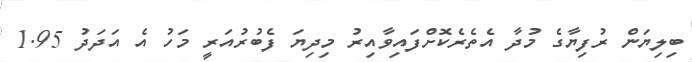
ބިލިޔަން ރުފިޔާގެ މުދާ އެތެރެކޮށްފައިވާއިރު މިދިޔަ ފެބުރުއަރީ މަހު އެ އަދަދު 1.95